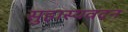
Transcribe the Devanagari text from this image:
सुहास्यवदन